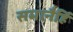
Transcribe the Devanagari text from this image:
समानैर्हि